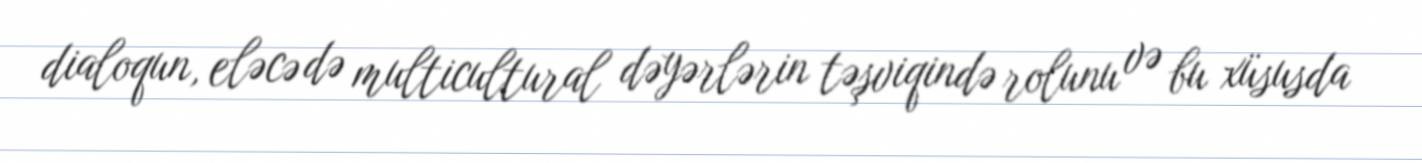
dialoqun, eləcə də multicultural dəyərlərin təşviqində rolunu və bu xüsusda